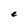
Character: e